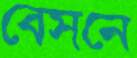
বেসনে